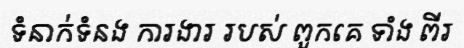
ទំនាក់ទំនង ការងារ របស់ ពួកគេ ទាំង ពីរ